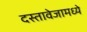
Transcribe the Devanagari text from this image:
दस्तावेजामध्ये